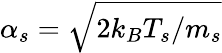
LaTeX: \alpha_{s}=\sqrt{2k_{B}T_{s}/m_{s}}